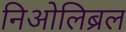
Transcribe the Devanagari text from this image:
निओलिब्रल